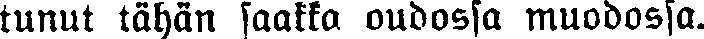
tunut tähän saakka oudossa muodossa.